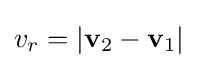
v_{r}=|\mathbf {v} _{2}-\mathbf {v} _{1}|